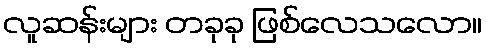
လူဆန်းများ တခုခု ဖြစ်လေသလော။